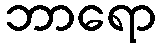
ဘာရော